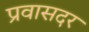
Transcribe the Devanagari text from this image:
प्रवासदर